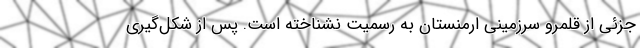
جزئی از قلمرو سرزمینی ارمنستان به رسمیت نشناخته است. پس از شکل‌گیری